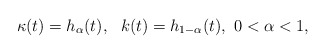
\begin{align*}\kappa(t) = h_\alpha(t),\ \ k(t) = h_{1-\alpha}(t),\ 0<\alpha < 1,\end{align*}